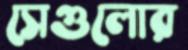
সেগুলোর